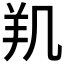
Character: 𰭗